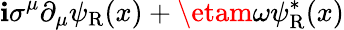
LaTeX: \mathbf{i}\sigma^{\mu}\partial_{\mu}\psi_{\mathrm{{{R}}}}(x)+\etam\omega\psi_{\mathrm{{{R}}}}^{*}(x)